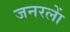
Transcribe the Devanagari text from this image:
जनरलाें